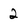
Character: 2